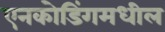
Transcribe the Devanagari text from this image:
एनकोडिंगमधील